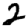
Digit: 2